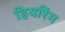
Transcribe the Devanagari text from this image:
हियरिंग